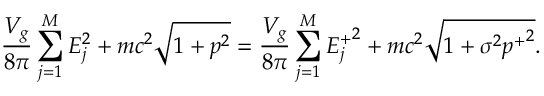
\frac { V _ { g } } { 8 \pi } \sum _ { j = 1 } ^ { M } E _ { j } ^ { 2 } + m c ^ { 2 } \sqrt { 1 + p ^ { 2 } } = \frac { V _ { g } } { 8 \pi } \sum _ { j = 1 } ^ { M } { E _ { j } ^ { + } } ^ { 2 } + m c ^ { 2 } \sqrt { 1 + \sigma ^ { 2 } { p ^ { + } } ^ { 2 } } .